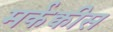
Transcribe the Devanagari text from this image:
मर्कक्वीस